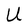
Character: U